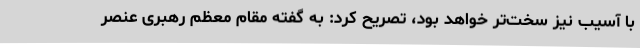
با آسیب نیز سخت‌تر خواهد بود، تصریح کرد: به گفته مقام معظم رهبری عنصر